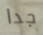
جدا